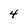
Character: 4